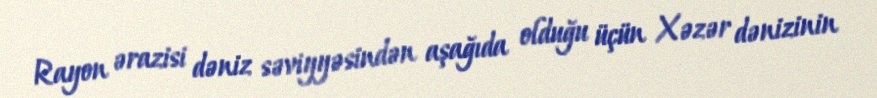
Rayon ərazisi dəniz səviyyəsindən aşağıda olduğu üçün Xəzər dənizinin